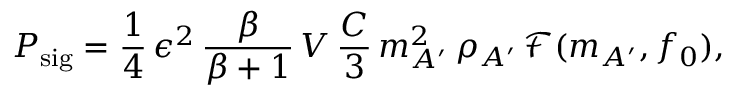
P _ { \mathrm { s i g } } = \frac { 1 } { 4 } \, \epsilon ^ { 2 } \, \frac { \beta } { \beta + 1 } \, V \, \frac { C } { 3 } \, m _ { A ^ { \prime } } ^ { 2 } \, \rho _ { A ^ { \prime } } \, \mathcal { F } ( m _ { A ^ { \prime } } , f _ { 0 } ) ,